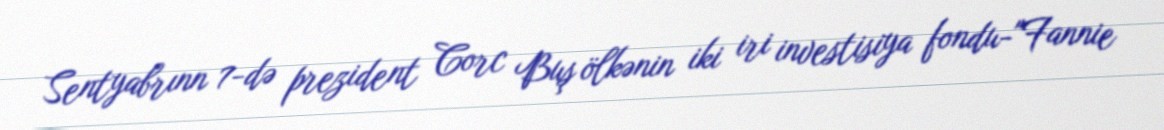
Sentyabrınn 7-də prezident Corc Buş ölkənin iki iri investisiya fondu-"Fannie